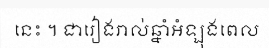
នេះ ។ ជារៀងរាល់ឆ្នាំអំឡុងពេល